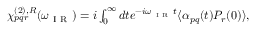
\begin{array} { r } { \chi _ { p q r } ^ { ( 2 ) , R } ( \omega _ { \mathrm { ~ I ~ R ~ } } ) = i \int _ { 0 } ^ { \infty } d t e ^ { - i \omega _ { \mathrm { ~ I ~ R ~ } } t } \langle \alpha _ { p q } ( t ) P _ { r } ( 0 ) \rangle , } \end{array}